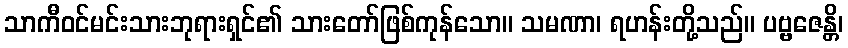
သာကီဝင်မင်းသားဘုရားရှင်၏ သားတော်ဖြစ်ကုန်သော။ သမဏာ၊ ရဟန်းတို့သည်။ ပဗ္ဗဇေန္တိ၊